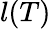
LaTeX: l(T)